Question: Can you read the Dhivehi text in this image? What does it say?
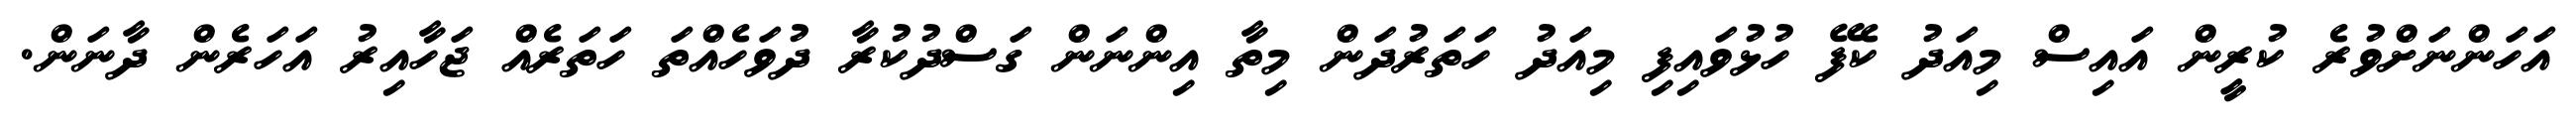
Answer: އަހަންނަށްވުރެ ކުރީން އައިސް މިއަދު ކެފޭ ހުޅުވައިފި މިއަދު ހަތަރުދަން މިތާ އިންނަން ގަސްދުކުރާ ދުވަހެއްތަ ހަތަރެއް ޖަހާއިރު އަހަރެން ދާނަން.